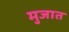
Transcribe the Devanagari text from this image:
मुजात